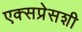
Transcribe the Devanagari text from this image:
एक्सप्रेसशी